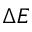
\Delta E